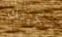
سكينك